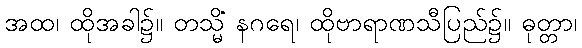
အထ၊ ထိုအခါ၌။ တသ္မိံ နဂရေ၊ ထိုဗာရာဏသီပြည်၌။ ဓုတ္တာ၊